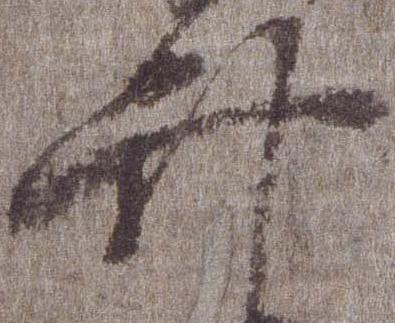
弁